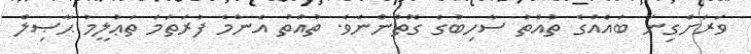
ވަރަށްގިނަ ބައެއްގެ ތުއްތު ސާހިބުގެ ގޮތުންނެވެ. ތުއްތު އެންމެ ފުރަތަމަ ތަޢުލީމު ޙާޞިލް